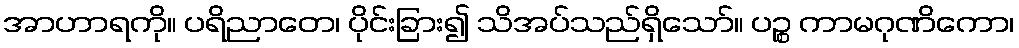
အာဟာရကို။ ပရိညာတေ၊ ပိုင်းခြား၍ သိအပ်သည်ရှိသော်။ ပဉ္စ ကာမဂုဏိကော၊